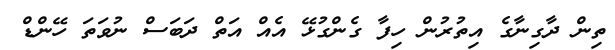
ތިން ދާގިނާގެ އިތުރުން ހިފާ ގެންގުޅޭ އެއް އަތް ދަބަސް ނުވަތަ ހޭންޑް